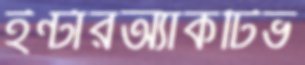
ইন্টারঅ্যাকটিভ